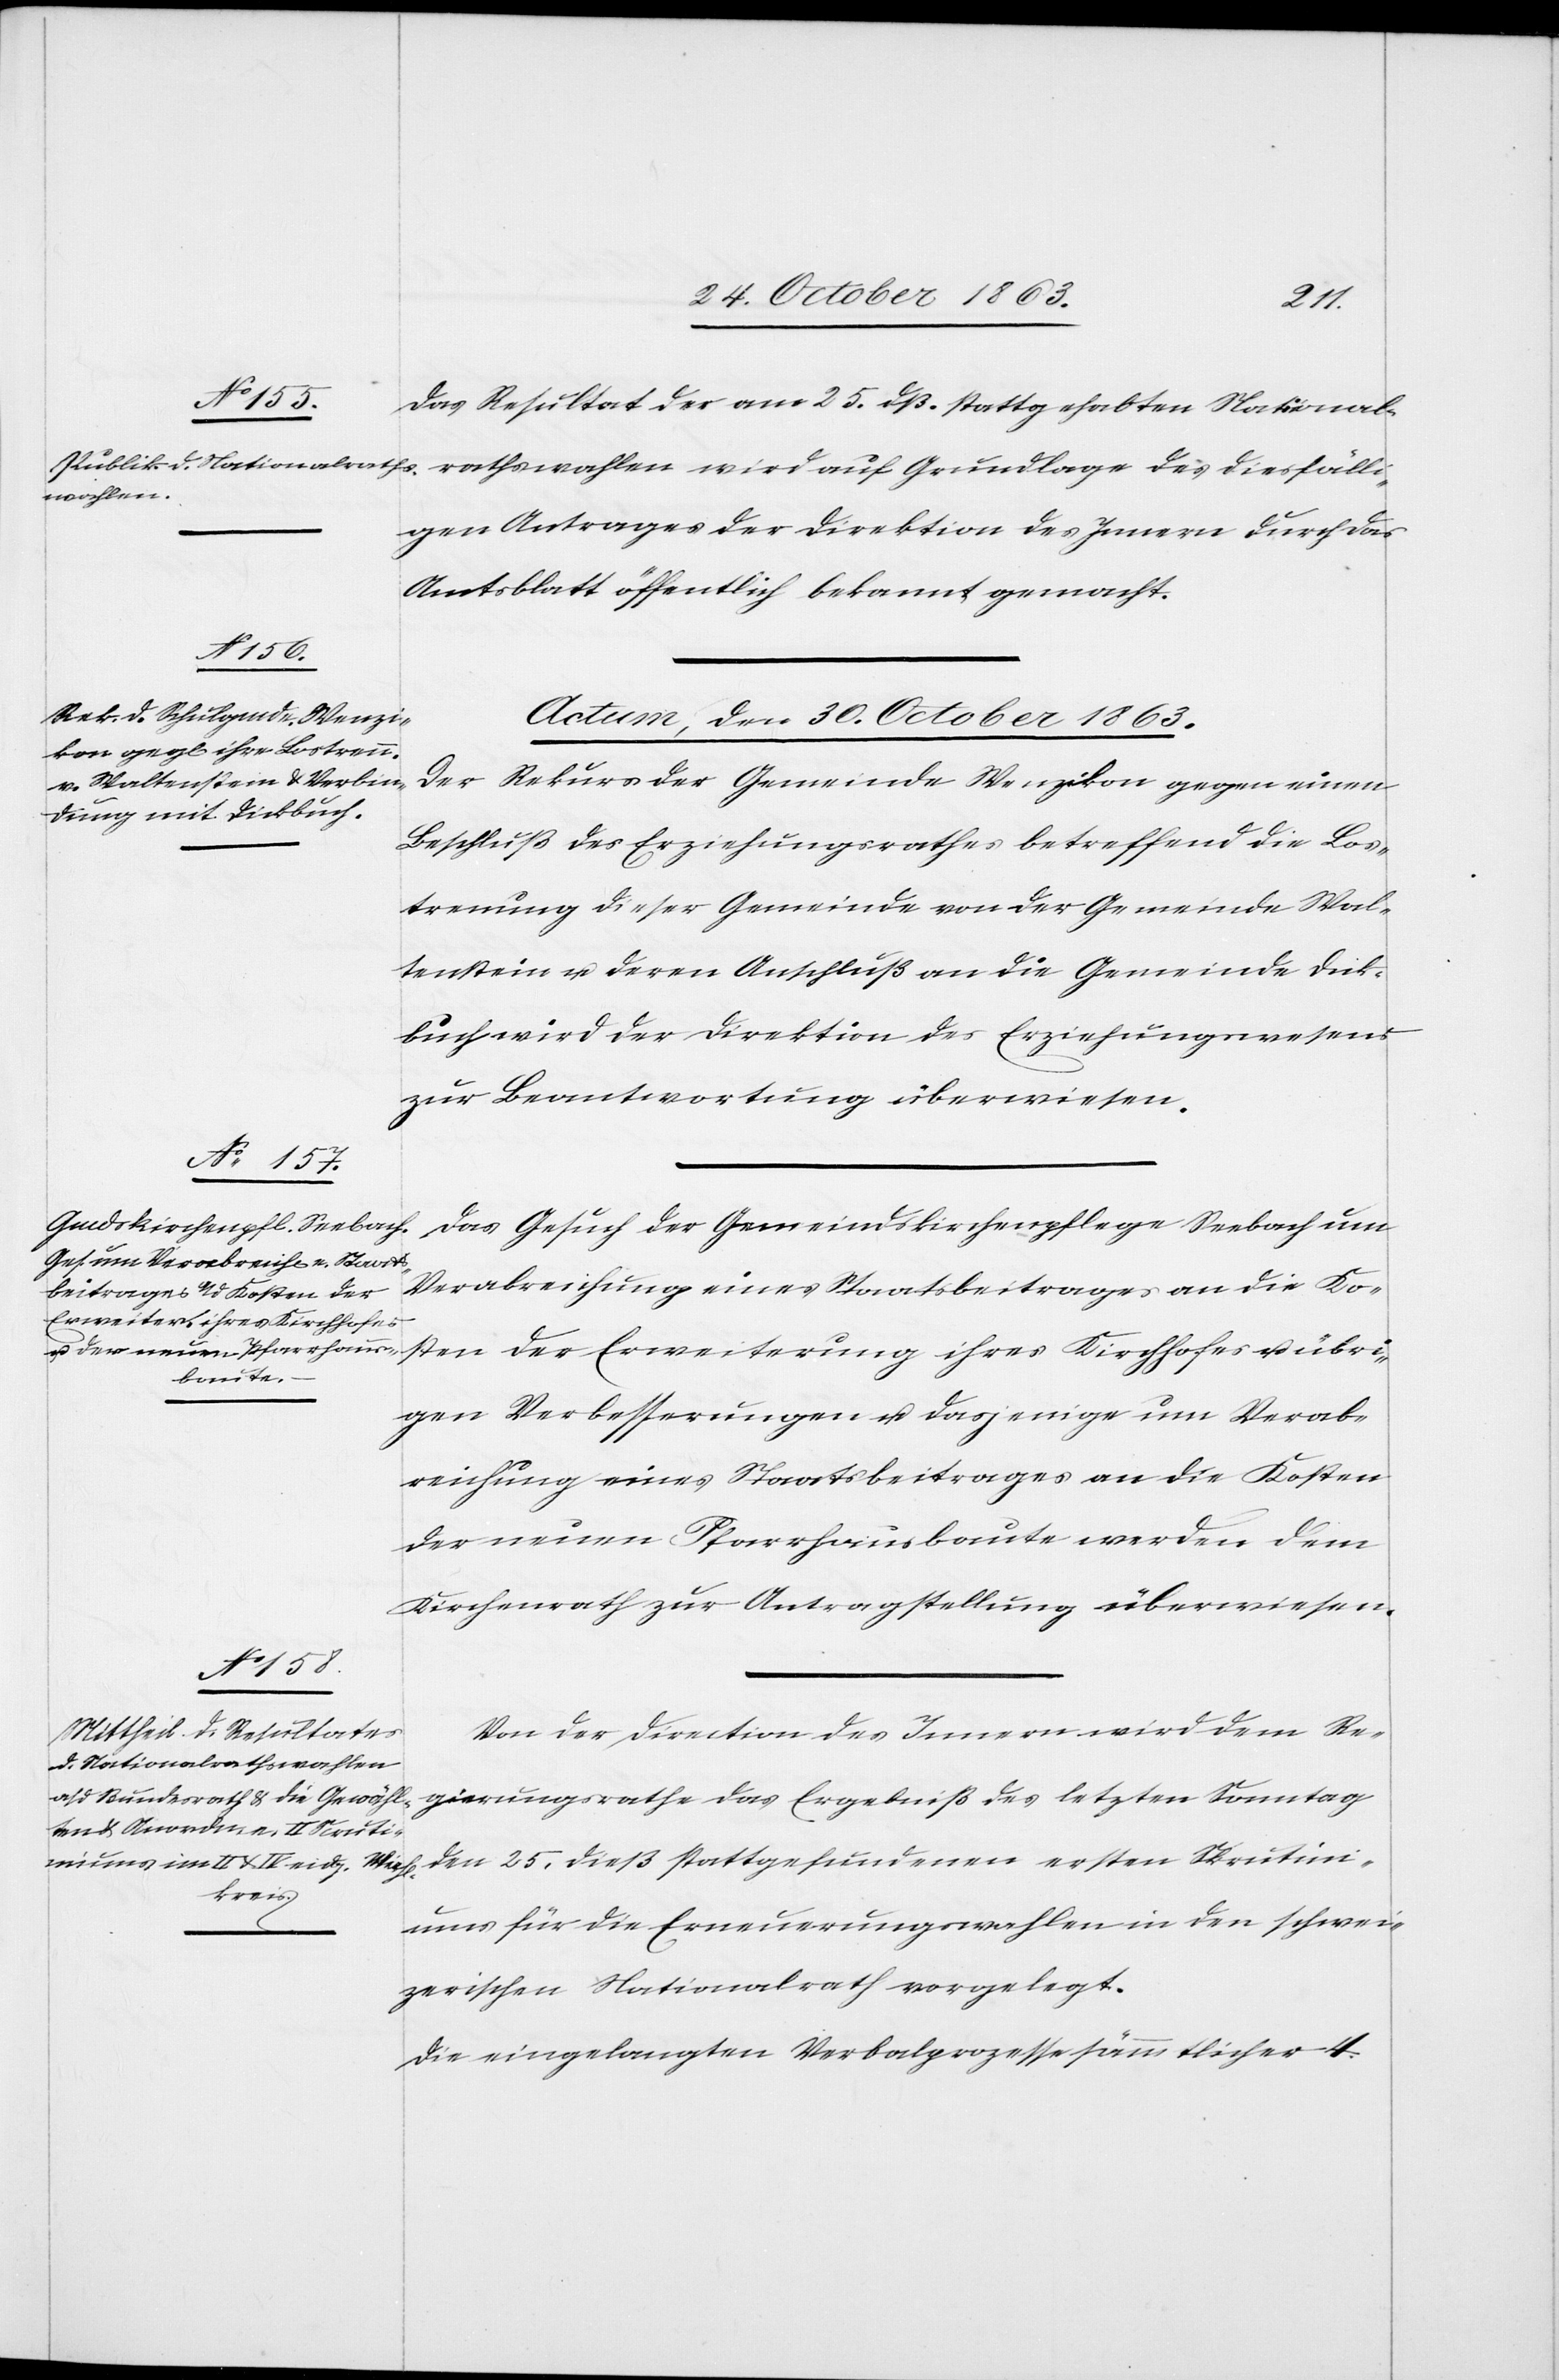
Das Resultat der am 25. dß. stattgehabten National¬
rathswahlen wird auf Grundlage des diesfälli¬
gen Antrages der Direktion des Innern durch das
Amtsblatt öffentlich bekannt gemacht.
Actum, den 30. October 1863.]
Der Rekurs der Gemeinde Wenzikon gegen einen
Beschluß des Erziehungsrathes betreffend die Los¬
trennung dieser Gemeinde von der Gemeinde Wal¬
tenstein u. deren Anschluß an die Gemeinde Dick¬
buch wird der Direktion des Erziehungswesens
zur Beantwortung überwiesen.
Das Gesuch der Gemeindskirchenpflege Seebach um
Verabreichung eines Staatsbeitrages an die Ko¬
sten der Erweiterung ihres Kirchhofes u. übri¬
gen Verbesserungen u. dasjenige um Verab¬
reichung eines Staatsbeitrages an die Kosten
der neuen Pfarrhausbaute werden dem
Kirchenrath zur Antragstellung überwiesen.
Von der Direktion des Innern wird dem Re¬
gierungsrathe das Ergebniß des letzten Sonntag
den 25. dieß stattgefundenen ersten Skrutini¬
ums für die Erneuerungswahlen in den schwei¬
zerischen Nationalrath vorgelegt.
Die eingelangten Verbalprozesse sämmtlicher 4.